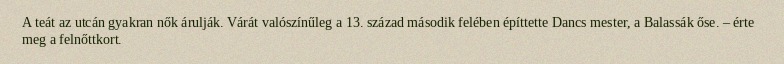
A teát az utcán gyakran nők árulják. Várát valószínűleg a 13. század második felében építtette Dancs mester, a Balassák őse. – érte meg a felnőttkort.